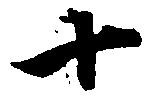
十